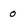
Character: o